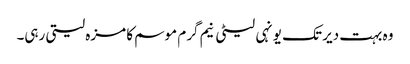
وہ بہت دیر تک یونہی لیٹی نیم گرم موسم کا مزہ لیتی رہی۔